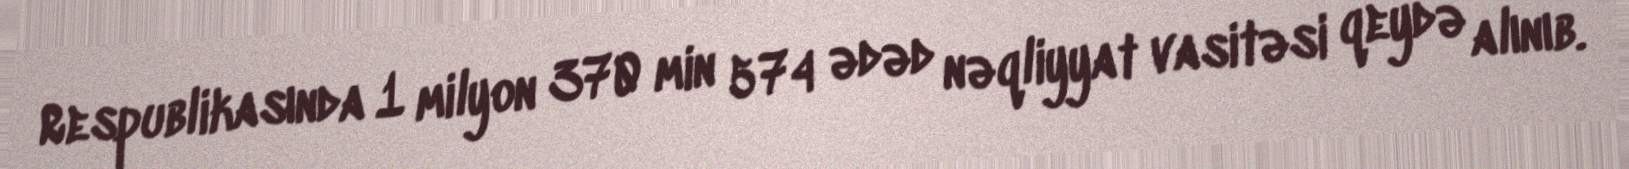
Respublikasında 1 milyon 370 min 574 ədəd nəqliyyat vasitəsi qeydə alınıb.